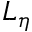
L _ { \eta }